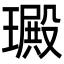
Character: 𤩴